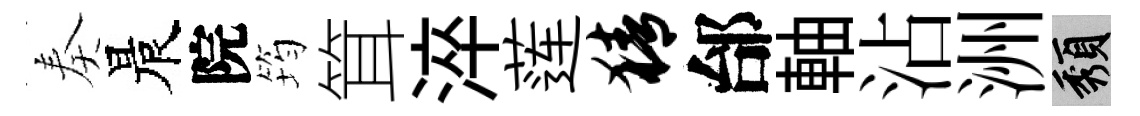
奏晨院筠䇯淬莲猜邰軸沾洲頽